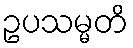
ဥပသမ္မတိ